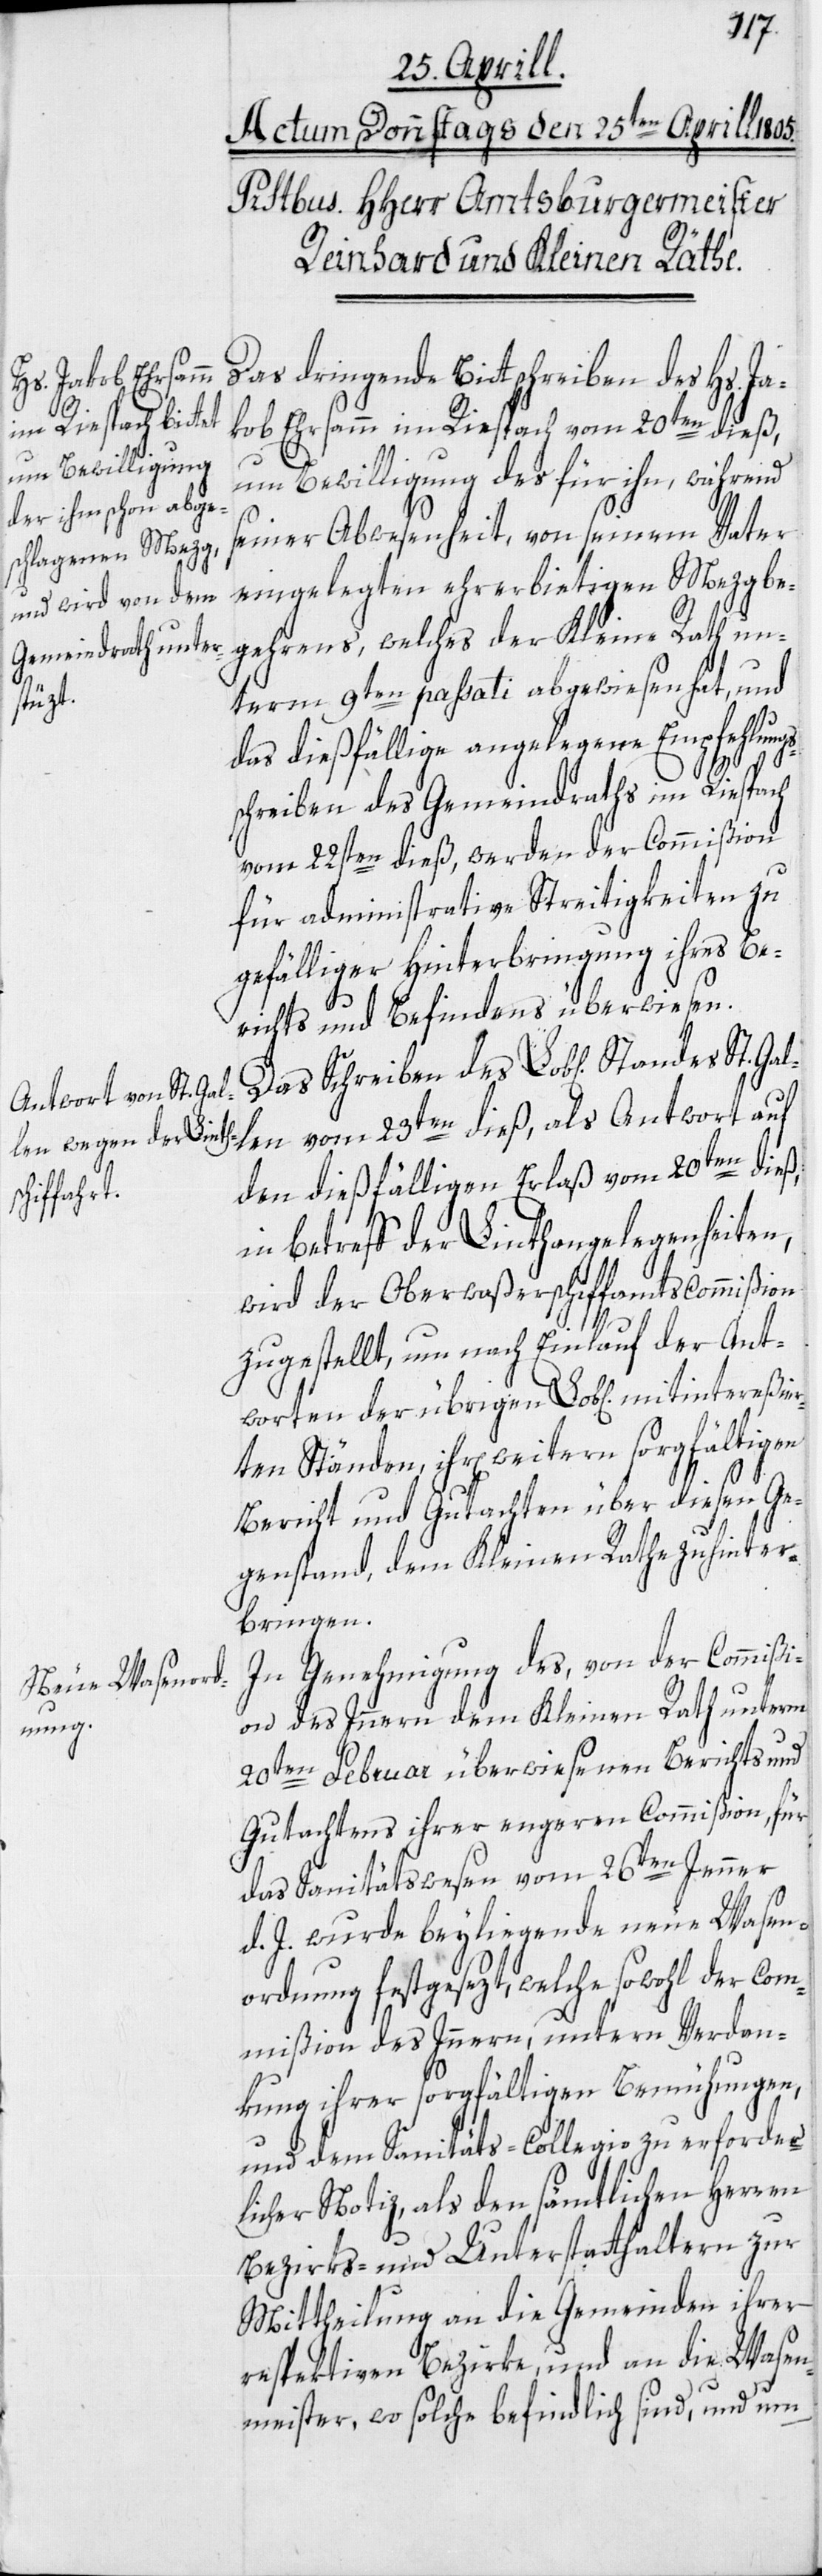
Gal¬
intereßier¬

Das dringende Bittschreiben des Hs. Ja¬
kob Ehrsamm im Riespach vom 20ten dieß,
um Bewilligung des für ihn, während
St.
seiner Abwesenheit, von seinem Vater
eingelegten ehrerbietigen Mezgbe¬
gehrens, welches der Kleine Rath un¬
term 9ten passati abgewiesen hat, und
das dießfällige angelegene Empfehlungs¬
schreiben des Gemeindraths im Riespach
vom 22sten dieß, werden der Commißion
für administrative Streitigkeiten zu
gefälliger Hinterbringung ihres Be¬
richts und Befindens überwiesen.
Das Schreiben des Lob[lichen] Standes
len vom 23ten dieß, als Antwort auf
den dießfälligen Erlaß vom 20ten dieß,
in Betreff der Linthangelegenheiten,
wird der Oberwaßerschiffamtscommißion
zugestellt, um nach Einlauf der Ant¬
worten der übrigen Lob[lichen] mit¬
ten Ständen, ihr[en] weitern sorgfältigen
Bericht und Gutachten über diesen Ge¬
genstand, dem Kleinen Rathe zu hinter¬
bringen.
In Genehmigung des, von der Commißi¬
on des Innern dem Kleinen Rath unterm
20ten Februar überwiesenen Berichts und
Gutachtens ihrer engeren Commißion, für
das Sanitätswesen vom 26ten Jenner
d. J. wurde beyliegende neue Wasen¬
ordnung festgesezt, welche sowohl der Com¬
mißion des Innern, unter Verdan¬
kung ihrer sorgfältigen Bemühungen,
und dem Sanitäts-Collegio zu erforder¬
licher Notiz, als den sämtlichen Herren
Bezirks- und Unterstatthaltern zur
Mittheilung an die Gemeinden ihrer
respektiven Bezirke, und an die Wasen¬
meister, wo solche befindlich sind, und um